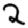
Digit: 2